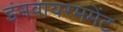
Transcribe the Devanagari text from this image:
इंनवायरममेंट